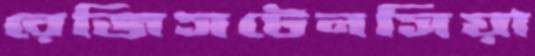
রেজিসটেনসিয়া